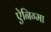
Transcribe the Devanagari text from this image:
ऐनिग्मा